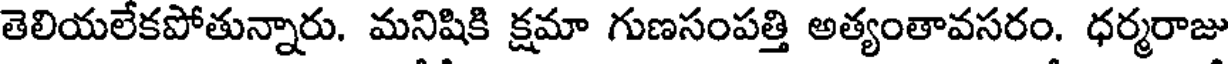
తెలియలేకపోతున్నారు. మనిషికి క్షమా గుణసంపత్తి అత్యంతావసరం. ధర్మరాజు